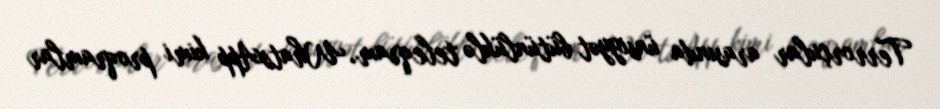
Terrorçular arasında ünsiyyət bütünlüklə teleqram, WhatsApp kimi proqramlar